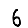
Digit: 6